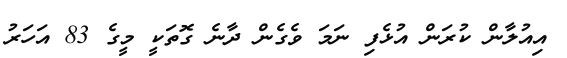
އިއުލާން ކުރަން އުޅެފި ނަމަ ވެގެން ދާނެ ގޮތަކީ މީގެ 83 އަހަރު